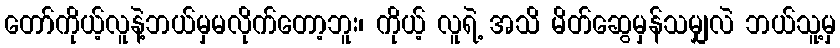
တော်ကိုယ့်လူနဲ့ဘယ်မှမလိုက်တော့ဘူး၊ ကိုယ့် လူရဲ့ အသိ မိတ်ဆွေမှန်သမျှလဲ ဘယ်သူ့မှ